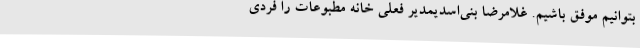
بتوانیم موفق باشیم. غلامرضا بنی‌اسدیمدیر فعلی خانه مطبوعات را فردی